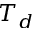
T _ { d }